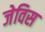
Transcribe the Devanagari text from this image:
जेविस